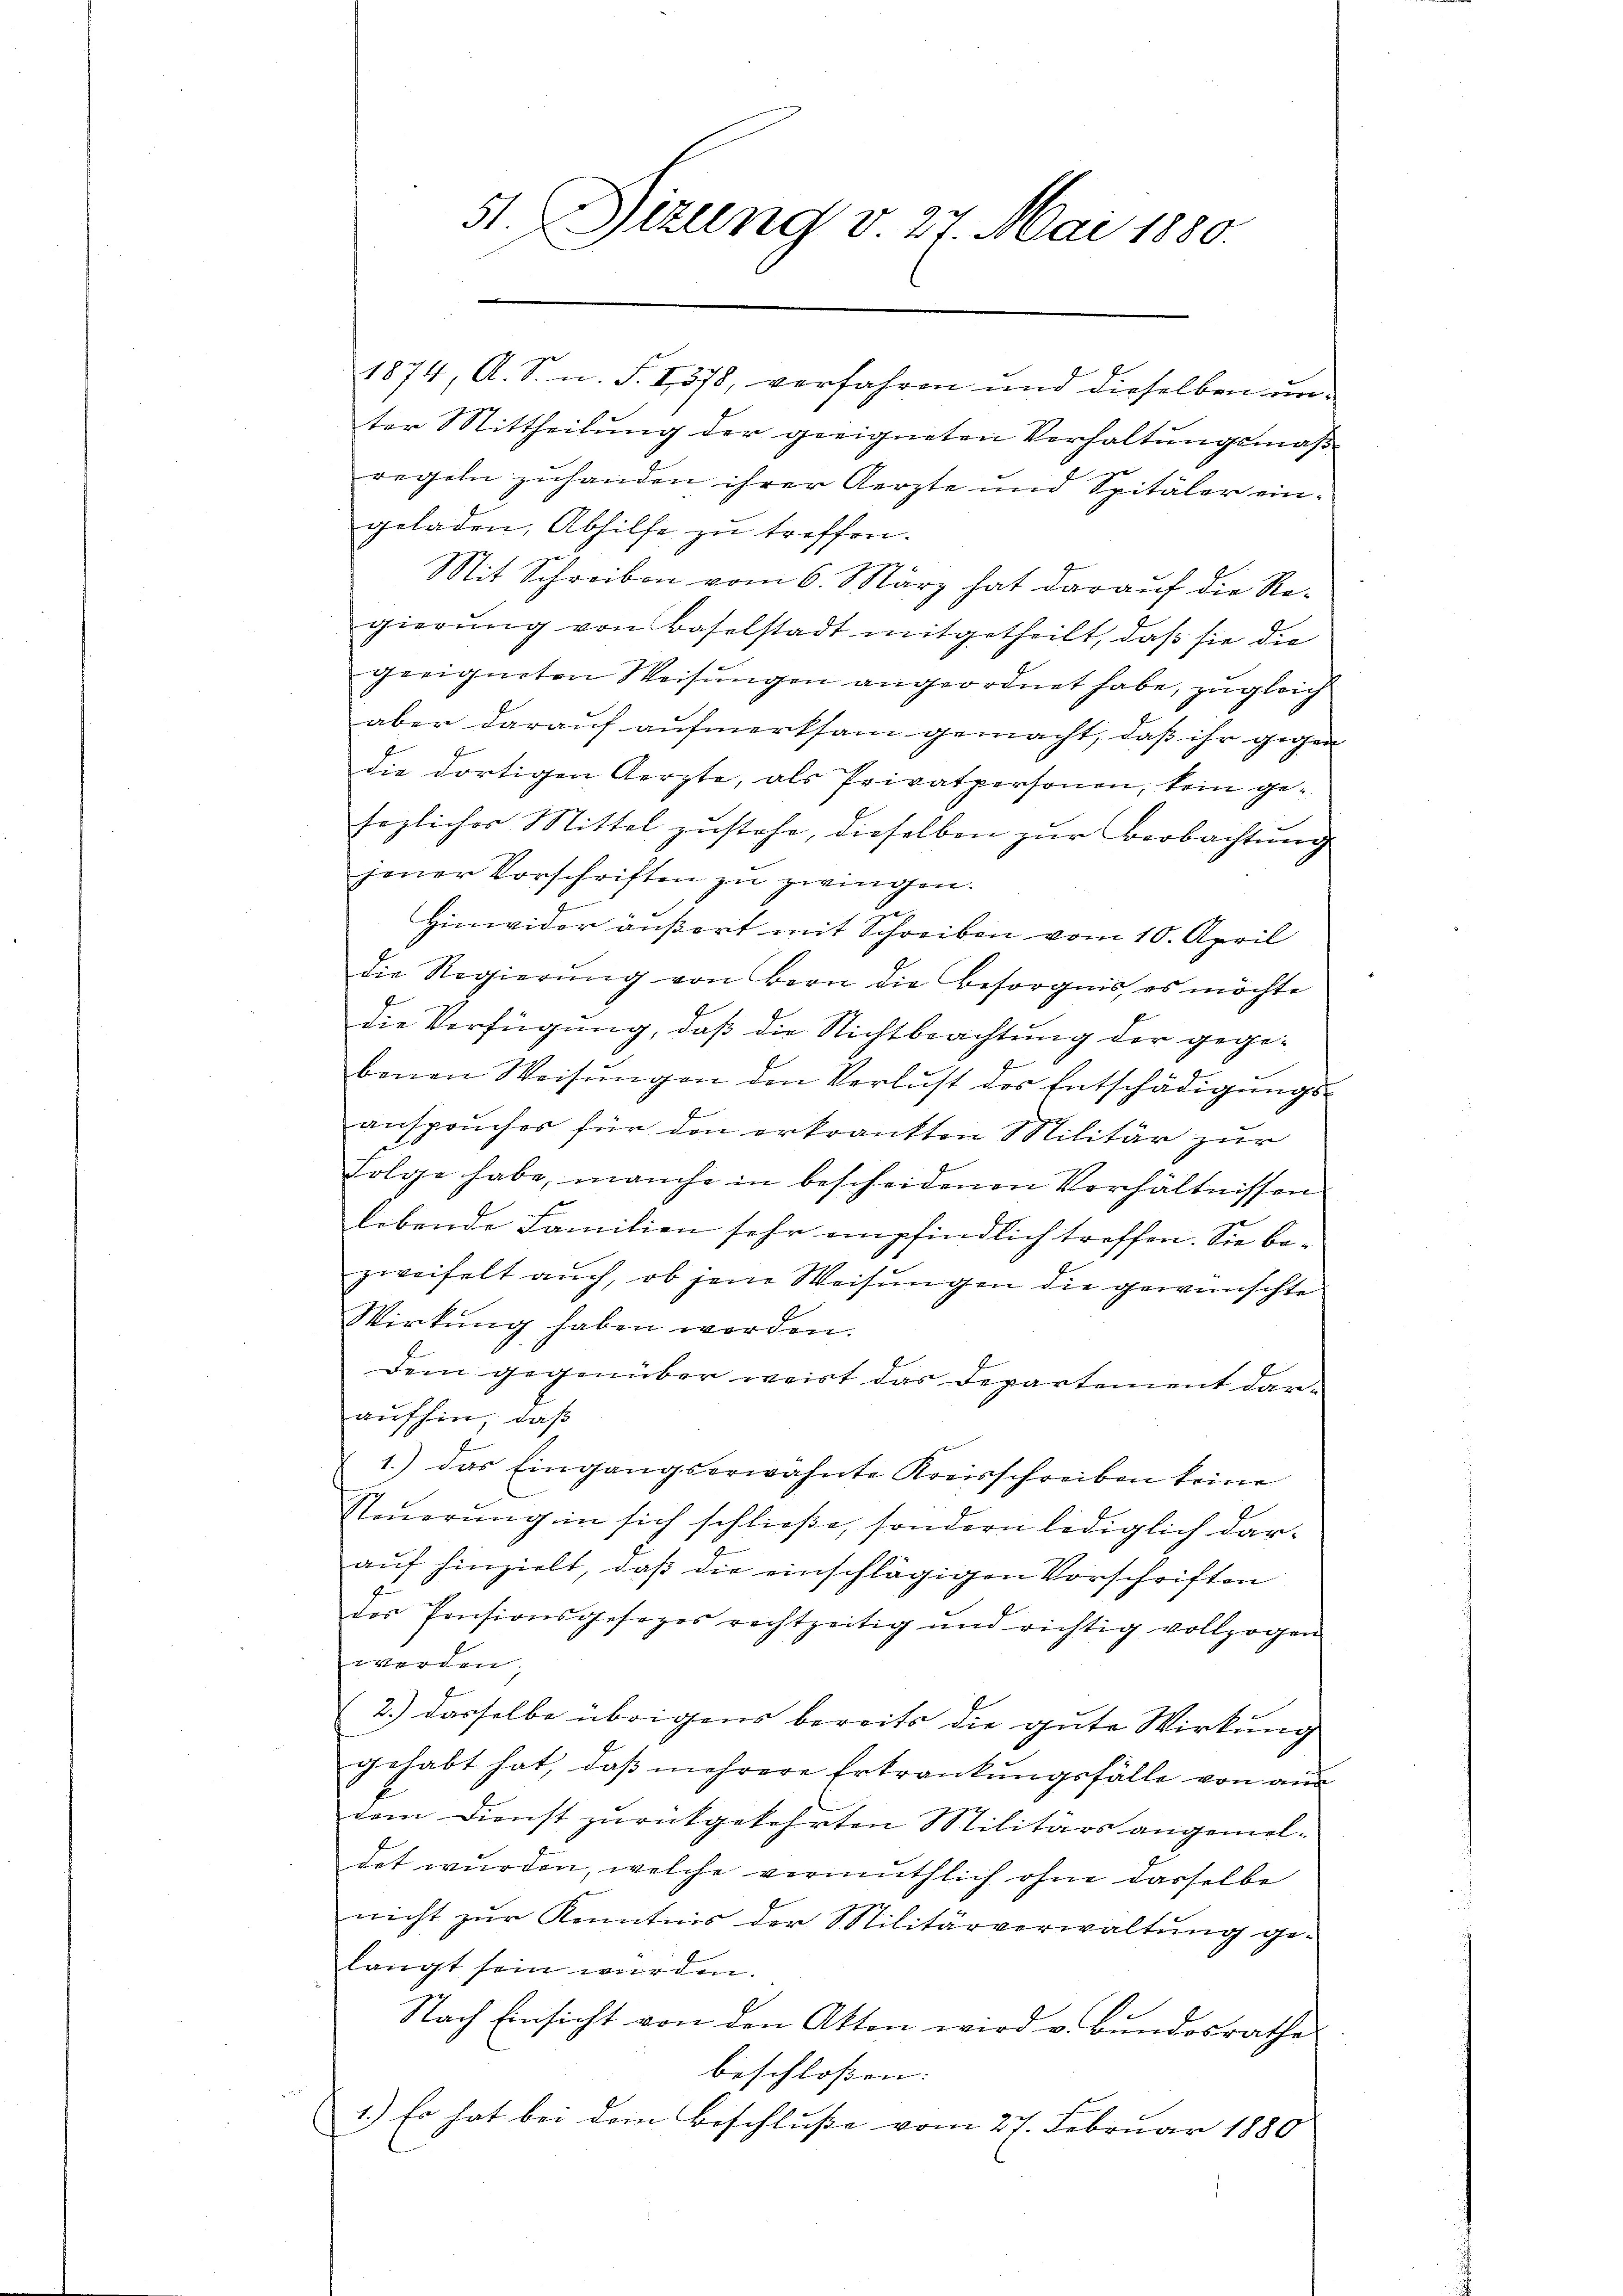
51. Sizung v. 27. Mai 1880.

1874, A. S. u. S. 1578, verfahren und dieselben unter Mittheilung der geeigneten Verhaltungsmaßregeln zuhanden ihrer Aerzte und Spitäler ein-
geladen, Abhilfe zu treffen.
Mit Schreiben vom 6. März hat darauf die Regierung von Baselstadt mitgetheilt, daß sie die
geeigneten Weisungen angeordnet habe, zugleich
aber darauf aufmerksam gemacht, daß ihr gegen
die dortigen Aerzte, als Privatpersonen, kein gesezlicher Mittel zustehe, dieselben zur Beobachtung
jener Vorschriften zu zwingen.
Hinwider äußert mit Schreiben vom 10. April
die Regierŭng von Bern die Besorgnis, es möchte
die Verfügung, daß die Nichtbeachtung der gegebenen Weisungen den Verlust des Entschädigungs¬
E
anspruches für den erkrankten Militär zur
Folge habe, manche in bescheidenen Verhältnissen
lebende Familien sehr empfindlich treffen. Sie bezweifelt auch, ob seine Weisungen die gewünschte
Wirkung haben worden.
Dem gegenüber weist das Departement daraufhin, daß
1.) Das Eingangserwähnte Kreisschreiben keine
Steŭerŭng in sich schließe, sondern lediglich dar-
auf hinzielt, daß die einschlägigen Vorschriften
des Pensionsgesezes rechtzeitig und richtig vollzogen
werden;
2.) dasselbe übrigens bereits die gute Wirkung
gehabt hat, daß mehrere Erkrankungsfälle von aus
dem Dienst zurückgekehrten Militärs angemeldet wurden, welche vermuthlich ohne dasselbe
nicht zur Kenntnis der Militärverwaltung ge-
langt sein würden.
Nach Einsicht von den Akten wird v. Bundesrathes
beschlossen:
1.) Es hat bei dem Beschluße vom 27. Februar 1880